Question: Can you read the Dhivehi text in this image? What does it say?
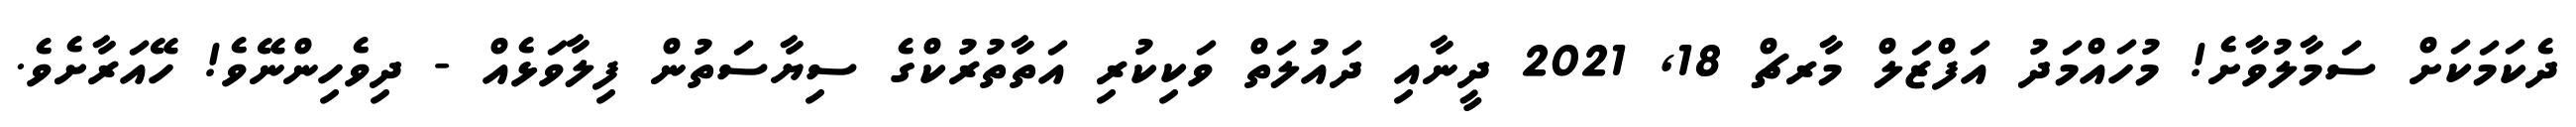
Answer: ދެކަމަކަށް ސަމާލުވާށެ! މުހައްމަދު އަފްޒަލް މާރޗް 18, 2021 ދީނާއި ދައުލަތް ވަކިކުރި އަތާތުރުކްގެ ސިޔާސަތުން ފިލާވަޅެއް - ދިވެހިންނޭވެ! ހޭއަރާށެވެ.